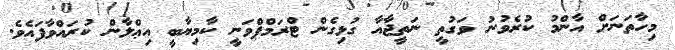
މިހާތަނަށް އާންމު ކުރެވުނު ވަގުތީ ނަތީޖާއާ ގުޅިގެން ޓްރަމްޕްވަނީ ކާމިޔާބީ އިޢްލާން ކުރައްވާފައެވެ.